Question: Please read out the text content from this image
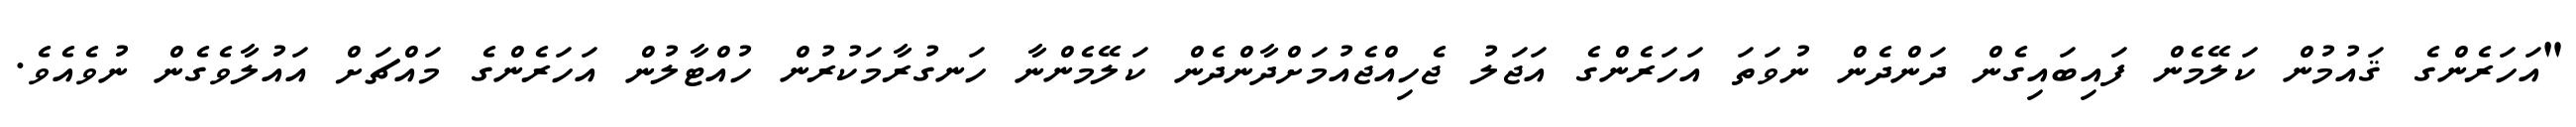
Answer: "އަހަރެންގެ ޤައުމުން ކަލޭމެން ފައިބައިގެން ދަންދެން ނުވަތަ އަހަރެންގެ އަޖަލު ޖެހިއްޖެއުމަށްދާންދެން ކަލޭމެންނާ ހަނގުރާމަކުރުން ހުއްޓާލުން އަހަރެންގެ މައްޗަށް އައުލާވެގެން ނުވެއެވެ.